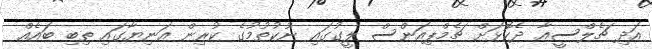
އަދި ޗެލްސީއާ ދެކޮޅަށް ޗެމްޕިއަންސް ލީގުގައި ނުކުތުމުގެ ކުރިން އަނިޔާގައި ތިބި ބައެއް